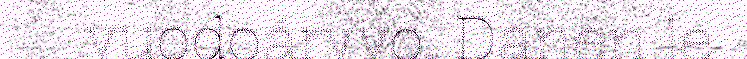
vuodoárvvo. Danen le